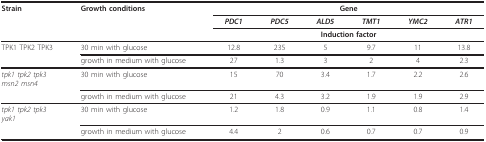
| Strain | Growth conditions | <COLSPAN=6> Gene |
 |  |  | PDC1 | PDC5 | ALD5 | TMT1 | YMC2 | ATR1 |
 |  |  | <COLSPAN=6> Induction factor |
 | --- | --- | --- | --- | --- | --- | --- | --- |
 | TPK1 TPK2 TPK3 | 30 min with glucose | 12.8 | 235 | 5 | 9.7 | 11 | 13.8 |
 |  | growth in medium with glucose | 27 | 1.3 | 3 | 2 | 4 | 2.3 |
 | tpk1 tpk2 tpk3msn2 msn4 | 30 min with glucose | 15 | 70 | 3.4 | 1.7 | 2.2 | 2.6 |
 |  | growth in medium with glucose | 21 | 4.3 | 3.2 | 1.9 | 1.9 | 2.9 |
 | tpk1 tpk2 tpk3yak1 | 30 min with glucose | 1.2 | 1.8 | 0.9 | 1.1 | 0.8 | 1.4 |
 |  | growth in medium with glucose | 4.4 | 2 | 0.6 | 0.7 | 0.7 | 0.9 |